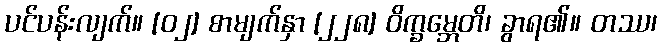
ပင်ပန်းလျက်။ [၀၂] စာမျက်နှာ [၂၂၈] ဝိက္ခမ္ဘေတိ၊ ခွာရ၏။ တဿ၊